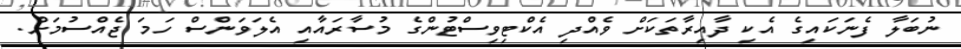
ނުބަލާ ފެނަކައިގެ އެކި ދާއިރާތަކަށް ވެއްދި އެކްޓިވިސްޓުންގެ މުސާރައާއި އެލަވަންސް ހަމަ ޖެއްސުމަށް.